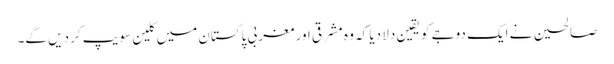
صالحین نے ایک دوجے کو یقین دلا دیا کہ وہ مشرقی اور مغربی پاکستان میں کلین سویپ کر دیں گے۔